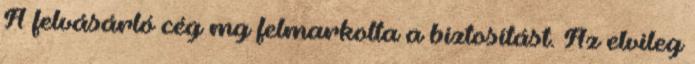
A felvásárló cég mg felmarkolta a biztosítást. Az elvileg